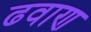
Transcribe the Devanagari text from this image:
ढवाण